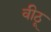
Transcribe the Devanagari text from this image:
वीठू